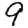
Digit: 9